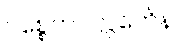
ပစ္စေကပလ္လင်္ကေန